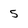
Character: 5